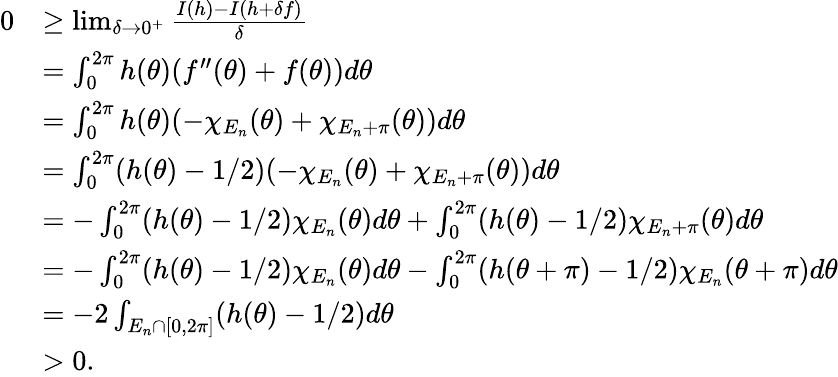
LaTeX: \begin{array}{rl}{0}&{\ge\operatorname*{lim}_{\delta\rightarrow 0^{+}}\frac{I(h)-I(h+\delta f)}{\delta}}\\ &{=\int_{0}^{2\pi}h(\theta)(f^{\prime\prime}(\theta)+f(\theta))d\theta}\\ &{=\int_{0}^{2\pi}h(\theta)(-\chi_{E_{n}}(\theta)+\chi_{E_{n}+\pi}(\theta))d\theta}\\ &{=\int_{0}^{2\pi}(h(\theta)-1/2)(-\chi_{E_{n}}(\theta)+\chi_{E_{n}+\pi}(\theta))d\theta}\\ &{=-\int_{0}^{2\pi}(h(\theta)-1/2)\chi_{E_{n}}(\theta)d\theta+\int_{0}^{2\pi}(h(\theta)-1/2)\chi_{E_{n}+\pi}(\theta)d\theta}\\ &{=-\int_{0}^{2\pi}(h(\theta)-1/2)\chi_{E_{n}}(\theta)d\theta-\int_{0}^{2\pi}(h(\theta+\pi)-1/2)\chi_{E_{n}}(\theta+\pi)d\theta}\\ &{=-2\int_{E_{n}\cap[0,2\pi]}(h(\theta)-1/2)d\theta}\\ &{>0.}\end{array}